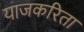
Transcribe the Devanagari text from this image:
याजकरिता